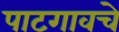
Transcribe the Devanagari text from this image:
पाटगावचे